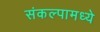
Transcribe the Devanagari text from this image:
संकल्पामध्ये